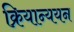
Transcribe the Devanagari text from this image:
क्रियान्ययन